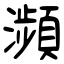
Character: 瀕